Scottish Certificate of Education, 1963
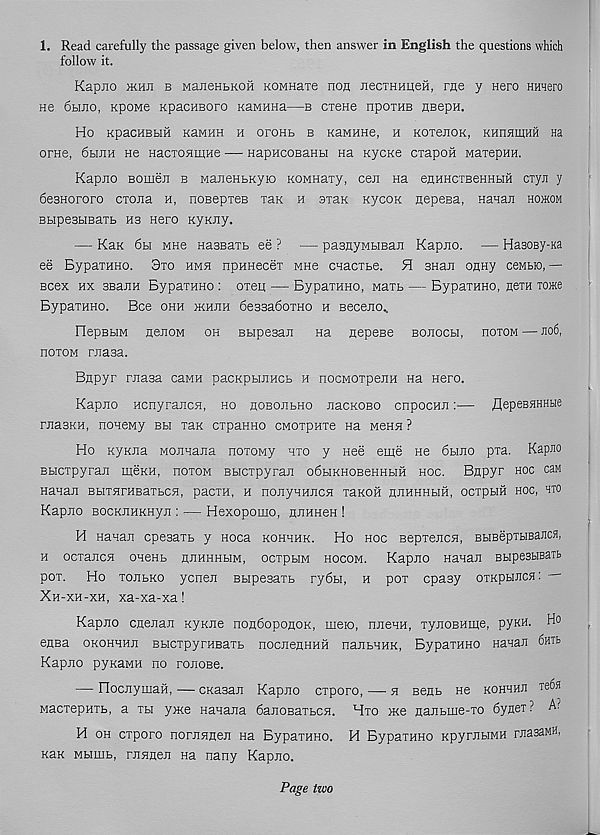
1. Read carefully the passage given below, then answer in English the questions which
follow it.
Kapno HtHn b waneHtHOH KOMHaie non necTHnuen, me y Hero Hmero
He 6hjio, Kpoivie KpacHBoro KaMnna—b cxene npoiHB neepH.
Ho KpacHBbiH KaMHH h oroHb b KaMHHe, n KorenoK, khiihiuhh Ha
orae, 6biiih He HacxoninHe — HapncoBaHH na nycne cxapoir Maxepnn.
Kapno Bomen b ManeHbKyio KOMHaxy, cen na ennHcxBeHHbm cxyn y
6e3Hororo cxona h, noBepxeB xan h sxaK nycoK nepesa, Hanan hojkom
BbipesbiBaxb ns Hero KyKJiy.
— Kan 6bi mhb HasBaxb ee ? — pasnyMbiBan Kapno. — HasoBy-Ka
ee BypaxHHo. 3xo hmh npHHecex mhg cnacxbe. 5f 3Han onny ceMbro, —
Bcex hx 3BanH BypaxHHo : oxen — BypaxHHo, waxb — BypaxHHo, nexH xome
BypaxHHo. Bee ohh mhjih 6e3sa6oxHo h Beceno v
nepBbiM nenoM oh Bbipesan Ha nepese Bonocbi, hoxom — Jio6,
noxow rnasa.
Bnpyr rnasa caMH pacKpbniHCb h nocMoxpenH na Hero.
Kapno Hcnyrancn, ho noBOiibHO nacKOBO enpoenn:— flepeBHHHtie
rnasKH, noneMy bh xan expanno CMOxpnxe na mchh ?
Ho Kyioia Monnana noxony hxo y nee enje He 6bmo pxa. Kapno
Bbicxpyran meKH, hoxom Bbicxpyran odbiKHOBeHHbra hoc. Bnpyr hoc can
Hanan BbixHrHBaxbca, pacxH, h nonyHHJiCH xaKOH nnHHHbiH, ocxpbiH hoc, hto
Kapno BocKJiHKHyn : — Hexopomo, HJinneH !
H nanan epesaxb y Hoca kohhhk. Ho hoc Bepxencn, BHBeprHsaJicH,
h oexanen oneHb nnHHHbiM, ocxpbiM hocom. Kapno nanan BbipesHBaTb
pox. Ho xonbKO ycnen Bbipesaxb ry6bi, a pox epasy oxKpbinca:
Xh-xh-xh, xa-xa-xa!
Kapno cnenan Kynne nonboponoK, mero, nnenH, xynoBHine, pyKH. Ho
ensa OKOHHHn BbicxpyrHBaxb nocnenHuii nanbHHK, BypaxHHo nanan fimt
Kapno pyKaMH no ronoBe.
— flocnymaH, — cnasan Kapno exporo, —- n Benb He kohhhh xe6a
wacxepnxb, a xh ynte nanana 6anoBaxbcn. Hxo me nanbine-xo 6ynex ? A?
H oh exporo nornnnen Ha BypaxHHo. H BypaxHHo KpyrnHMH rnasaMH,
xaK Mbimb, rnnnen Ha nany Kapno.
Page two